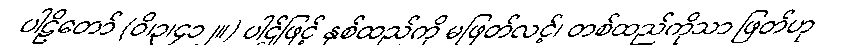
ပါဠိတော် (ဝိ၊၃၊၄၁၂။) ပါဌ်ဖြင့် နှစ်ထည်ကို မဖြတ်လင့်၊ တစ်ထည်ကိုသာ ဖြတ်ဟု